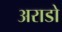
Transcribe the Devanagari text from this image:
अराडो